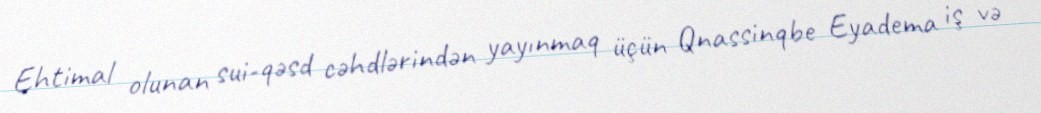
Ehtimal olunan sui-qəsd cəhdlərindən yayınmaq üçün Qnassinqbe Eyadema iş və